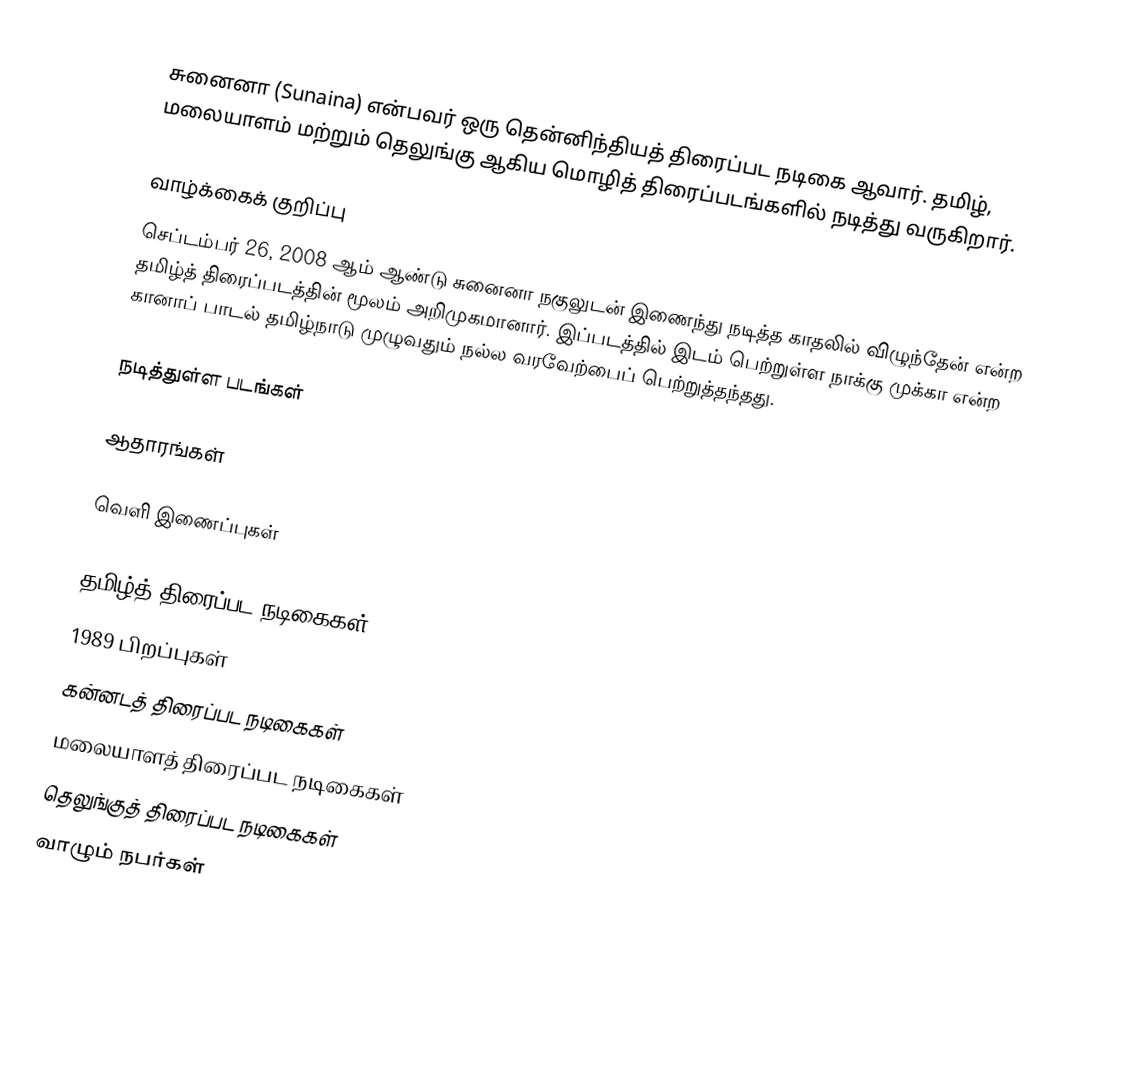
சுனைனா (Sunaina) என்பவர் ஒரு தென்னிந்தியத் திரைப்பட நடிகை ஆவார். தமிழ், மலையாளம் மற்றும் தெலுங்கு ஆகிய மொழித் திரைப்படங்களில் நடித்து வருகிறார்.

வாழ்க்கைக் குறிப்பு
செப்டம்பர் 26, 2008 ஆம் ஆண்டு சுனைனா நகுலுடன் இணைந்து நடித்த காதலில் விழுந்தேன் என்ற தமிழ்த் திரைப்படத்தின் மூலம் அறிமுகமானார். இப்படத்தில் இடம் பெற்றுள்ள நாக்கு முக்கா என்ற கானாப் பாடல் தமிழ்நாடு முழுவதும் நல்ல வரவேற்பைப் பெற்றுத்தந்தது.

நடித்துள்ள படங்கள்

ஆதாரங்கள்

வெளி இணைப்புகள்

தமிழ்த் திரைப்பட நடிகைகள்
1989 பிறப்புகள்
கன்னடத் திரைப்பட நடிகைகள்
மலையாளத் திரைப்பட நடிகைகள்
தெலுங்குத் திரைப்பட நடிகைகள்
வாழும் நபர்கள்